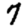
Digit: 7